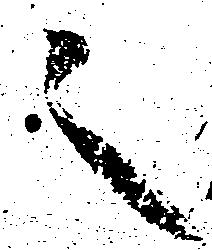
之